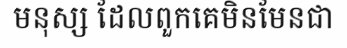
មនុស្ស ដែលពួកគេមិនមែនជា